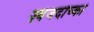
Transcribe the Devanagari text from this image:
ज़्वेजदोच्का